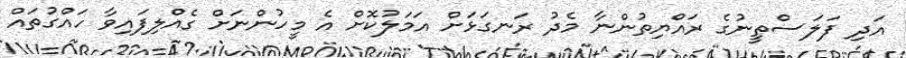
އަދި ފަލަސްތީނުގެ ރައްޔިތުންނާ މެދު ރަނގަޅަށް އަމަލުކޮށް އެ މީހުންނަށް ގެއްލިފައިވާ ހައްގުތައް